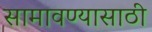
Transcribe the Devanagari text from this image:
सामावण्यासाठी